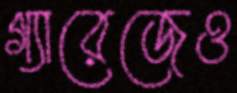
গ্যারেজেও